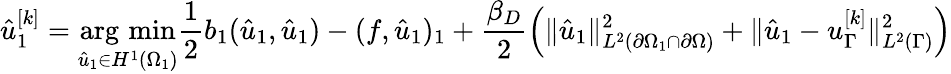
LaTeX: \hat{u}_{1}^{[k]}=\operatorname*{arg\, min}_{\hat{u}_{1}\in H^{1}(\Omega_{1})}\frac 12b_{1}(\hat{u}_{1},\hat{u}_{1})-(f,\hat{u}_{1})_{1}+\frac{\beta_{D}}{2}\left(\lVert\hat{u}_{1}\rVert_{L^{2}(\partial\Omega_{1}\cap\partial\Omega)}^{2}+\lVert\hat{u}_{1}-u_{\Gamma}^{[k]}\rVert_{L^{2}(\Gamma)}^{2}\right)